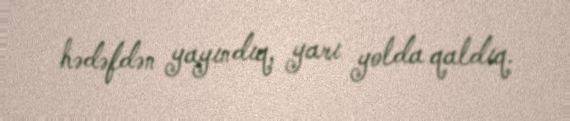
hədəfdən yayındıq, yarı yolda qaldıq.